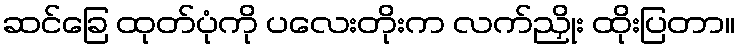
ဆင်ခြေ ထုတ်ပုံကို ပလေးတိုးက လက်ညှိုး ထိုးပြတာ။